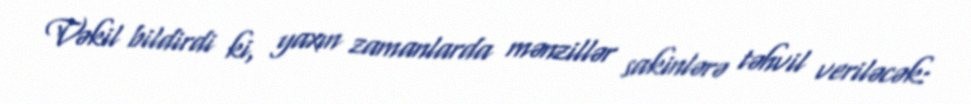
Vəkil bildirdi ki, yaxın zamanlarda mənzillər sakinlərə təhvil veriləcək: